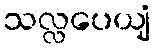
သလ္လပေယျံ